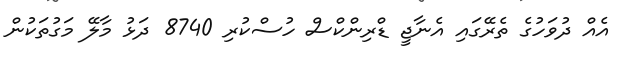
އެއް ދުވަހުގެ ތެރޭގައި އެނާޖީ ޑްރިންކްސް ހުސްކުރި 8740 ދަޅު މާލޭ މަގުތަކުން